Civil Veterinary Department Bihar reports 1940-50 - 1940-1950
Year: 1940
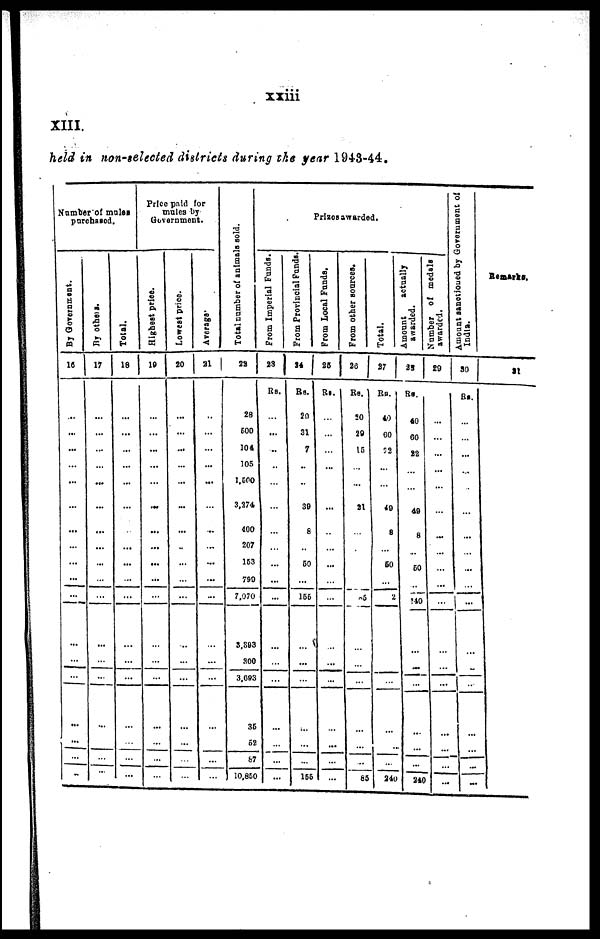
xxiii
XIII.
held in non-selected districts during the year 1943-44.
Number of mules
purchased.
By Government.
16
...
...
...
...
...
...
...
...
...
...
...
...
...
...
...
...
...
...
By others.
17
...
...
...
...
...
...
...
...
...
...
...
...
...
...
...
...
...
Total.
18
...
...
...
...
...
...
...
...
...
...
...
...
...
...
...
...
...
...
Price paid for
mules by
Government.
Highest price.
19
...
...
...
...
...
...
...
...
...
...
...
...
...
...
...
...
...
...
Lowest price.
20
...
...
...
...
...
...
...
...
...
...
...
...
...
...
...
...
...
...
Average.
21
...
...
...
...
...
...
...
...
...
...
...
...
...
...
...
...
...
...
Total number of animals sold.
22
28
500
104
105
1,500
3,274
400
207
153
790
7,070
3,393
300
3,693
35
52
87
10,850
Prizes awarded.
From Imperial Funds.
23
Rs.
...
...
...
...
...
...
...
...
...
...
...
...
...
...
...
...
...
...
From Provincial Funds.
24
Be.
20
31
7
...
...
39
8
...
50
...
155
...
...
...
...
...
...
155
From Local Funds.
25
Rs.
...
...
...
...
...
...
...
...
...
...
...
...
...
...
...
...
...
...
From other sources.
26
Rs.
20
29
15
...
...
21
...
...
...
...
25
...
...
...
...
...
...
85
Total.
27
Rs.
40
60
22
...
...
49
8
...
50
...
2
...
...
...
...
...
...
240
Amount
actually
awarded.
28
Rs.
40
60
22
...
...
40
8
...
50
...
240
...
...
...
...
...
...
240
Number of medals
awarded.
29
...
...
...
...
...
...
...
...
...
...
...
...
...
...
...
...
...
...
Amount sanctioned by Government of
India.
30
Rs.
...
...
...
...
...
...
...
...
...
...
...
...
...
...
...
...
...
...
Remarks.
31